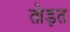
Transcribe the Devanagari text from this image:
तोड़त